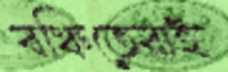
বঞ্চিতেরাই